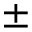
\pm